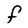
Character: F